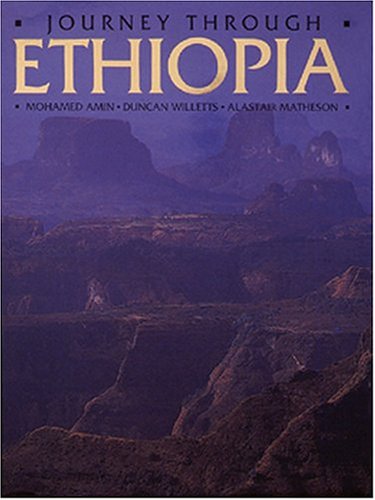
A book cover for Journey Through Ethiopia; Travel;